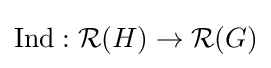
{\text{Ind}}:{\mathcal {R}}(H)\to {\mathcal {R}}(G)